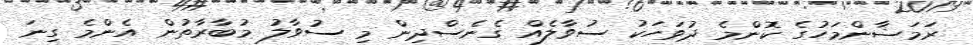
ރަމަޟާންމަހުގެ ކޮންމެ ދުވަހަކު ސުވާލެއް ގެނެސްދިން މި ސުވާލު މުބާރާތުން އެންމެ ގިނަ